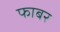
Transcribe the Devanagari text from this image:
फाबर